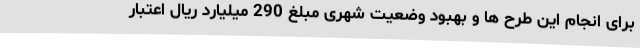
برای انجام این طرح ها و بهبود وضعیت شهری مبلغ 290 میلیارد ریال اعتبار